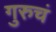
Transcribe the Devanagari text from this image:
गुरुचं